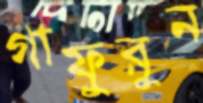
গাফুরুন